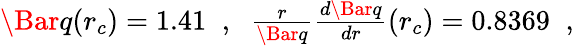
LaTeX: \begin{array}{r}{\Bar{q}(r_{c})=1.41\; \; ,\; \; \frac{r}{\Bar{q}}\frac{d\Bar{q}}{dr}(r_{c})=0.8369\; \; ,}\end{array}